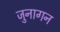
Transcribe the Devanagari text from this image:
जुनागन